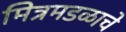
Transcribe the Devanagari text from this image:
मित्रमडळाचे